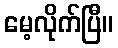
မေ့လိုက်ပြီ။